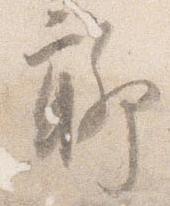
聊